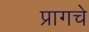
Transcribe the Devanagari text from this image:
प्रागचे